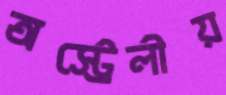
অস্ট্রেলীয়